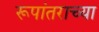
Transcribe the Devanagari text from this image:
रूपांतराच्या